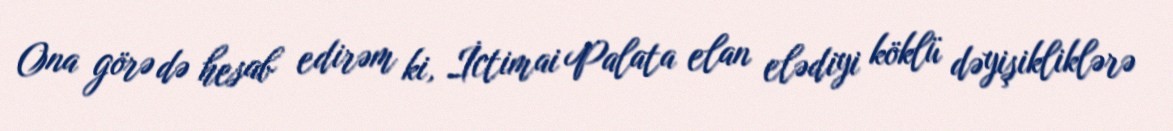
Ona görə də hesab edirəm ki, İctimai Palata elan elədiyi köklü dəyişikliklərə